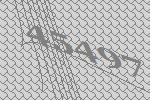
45497